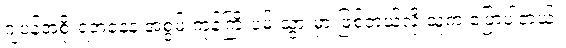
ဂျပန်အစိုးရအနေနဲ့ အစွမ်းကုန်ကြိုးပမ်းသွားမှာ ဖြစ်တယ်လို့ သူက ပြောပါတယ်။